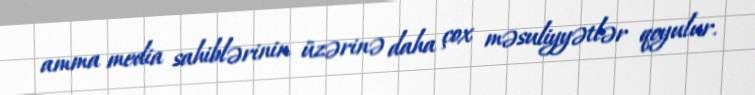
amma media sahiblərinin üzərinə daha çox məsuliyyətlər qoyulur.